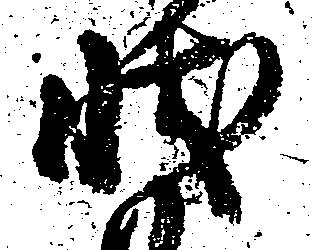
状